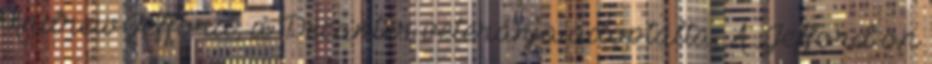
Andrew Jefford, a Decanter veteránja adoptálta. A „Jefford on